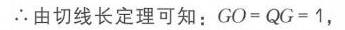
\(\therefore\)由切线长定理可知：\(GO = QG = 1\)，